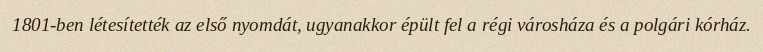
1801-ben létesítették az első nyomdát, ugyanakkor épült fel a régi városháza és a polgári kórház.